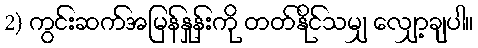
2) ကွင်းဆက်အမြန်နှုန်းကို တတ်နိုင်သမျှ လျှော့ချပါ။